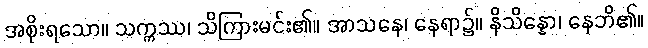
အစိုးရသော။ သက္ကဿ၊ သိကြားမင်း၏။ အာသနေ၊ နေရာ၌။ နိသိန္နော၊ နေဘိ၏။